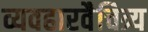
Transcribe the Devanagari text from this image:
व्यवहारवैचित्र्य